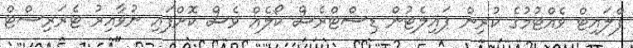
ފްލައިޓް ވެއްޓުމުގެ ކުރިން ޕައިލެޓުން ޑިސްޓްރެސް ކޯލެއް ވެސް ކޮށްފައި ނުވާއިރު ޓެރަރިސްޓް